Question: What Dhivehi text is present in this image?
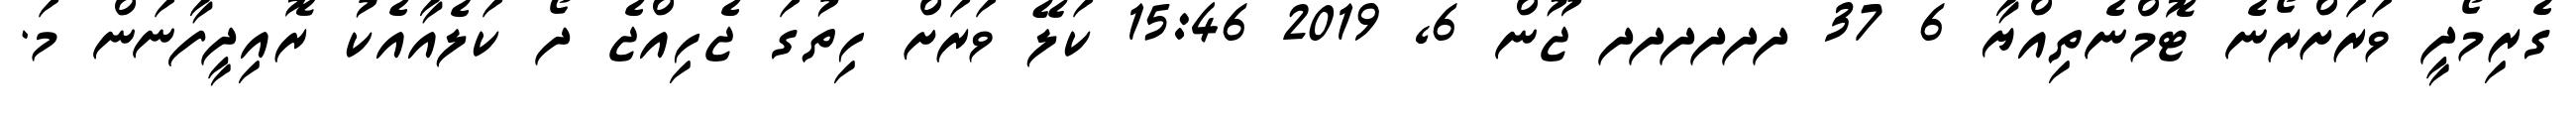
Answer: ގެރިމޯދީ ވަރަށްރޯނެ ޓޮމްނެތިއްޔާ 6 37 ދދދދދދ ޖޫން 6, 2019 15:46 ކަލޭ ވަރަށް ހިތުގަ ޖެހިއްޖެ ދޯ ކަލެއާއެކު ރޮއިދީފާނަން މަ.